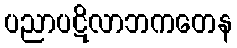
ပညာပဋိလာဘကတေန